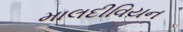
માલદીવિયન